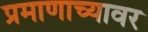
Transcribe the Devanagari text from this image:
प्रमाणाच्यावर